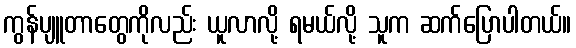
ကွန်ပျူတာတွေကိုလည်း ယူလာလို့ ရမယ်လို့ သူက ဆက်ပြောပါတယ်။